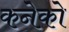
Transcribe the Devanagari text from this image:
कनेको